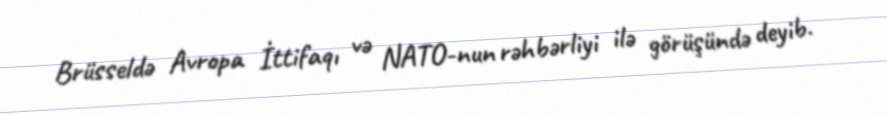
Brüsseldə Avropa İttifaqı və NATO-nun rəhbərliyi ilə görüşündə deyib.